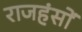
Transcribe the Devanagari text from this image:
राजहंसों